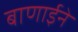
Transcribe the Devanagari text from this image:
बाणाईने